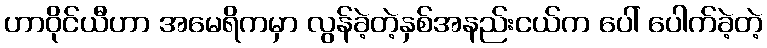
ဟာဝိုင်ယီဟာ အမေရိကမှာ လွန်ခဲ့တဲ့နှစ်အနည်းငယ်က ပေါ် ပေါက်ခဲ့တဲ့